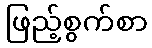
ဖြည့်စွက်စာ